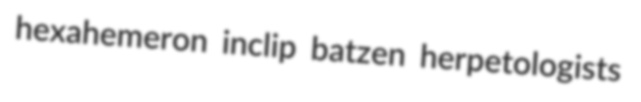
hexahemeron inclip batzen herpetologists